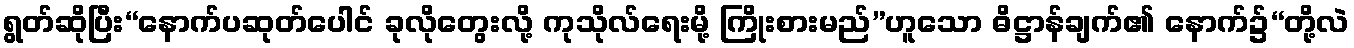
ရွတ်ဆိုပြီး“နောက်ပဆုတ်ပေါင် ခုလိုတွေးလို့ ကုသိုလ်ရေးမို့ ကြိုးစားမည်”ဟူသော ဓိဋ္ဌာန်ချက်၏ နောက်၌“တို့လဲ